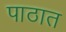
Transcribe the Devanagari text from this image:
पाठात